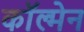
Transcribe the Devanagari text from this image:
काॅल्मेन